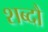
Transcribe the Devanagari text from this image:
शब्दौ